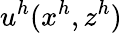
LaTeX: u^{h}(x^{h},z^{h})